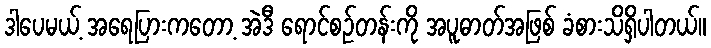
ဒါပေမယ့် အရေပြားကတော့ အဲဒီ ရောင်စဉ်တန်းကို အပူဓာတ်အဖြစ် ခံစားသိရှိပါတယ်။